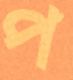
প